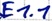
Text: E1.1